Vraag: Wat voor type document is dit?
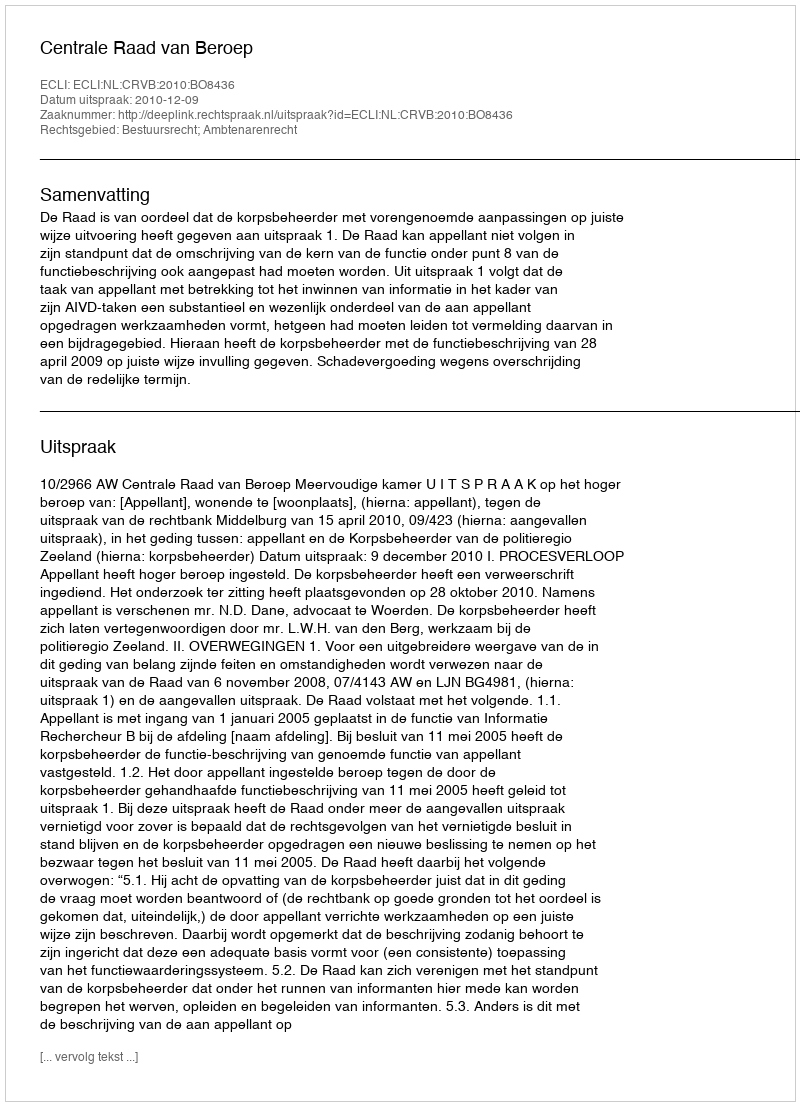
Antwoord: Uitspraak